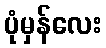
ပုံမှန်လေး